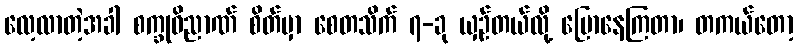
လေ့လာတဲ့အခါ စက္ခုဝိညာဏ် စိတ်မှာ စေတသိက် ၇-ခု ယှဉ်တယ်လို့ ပြောနေကြတာ၊ တကယ်တော့